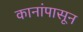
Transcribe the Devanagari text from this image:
कानांपासून